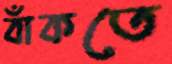
বাঁকতে